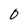
Character: 0